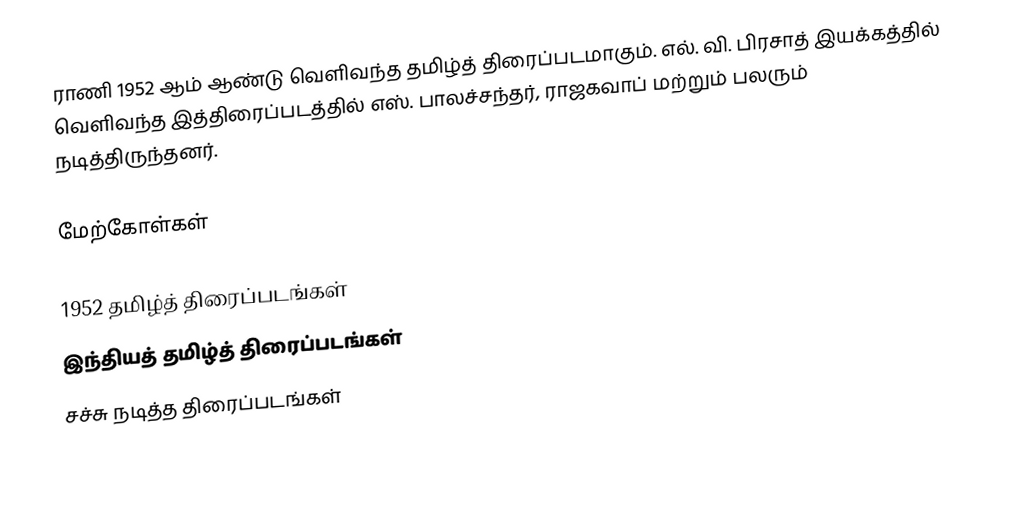
ராணி 1952 ஆம் ஆண்டு வெளிவந்த தமிழ்த் திரைப்படமாகும். எல். வி. பிரசாத் இயக்கத்தில் வெளிவந்த இத்திரைப்படத்தில் எஸ். பாலச்சந்தர், ராஜகவாப் மற்றும் பலரும் நடித்திருந்தனர்.

மேற்கோள்கள்

1952 தமிழ்த் திரைப்படங்கள்
இந்தியத் தமிழ்த் திரைப்படங்கள்
சச்சு நடித்த திரைப்படங்கள்